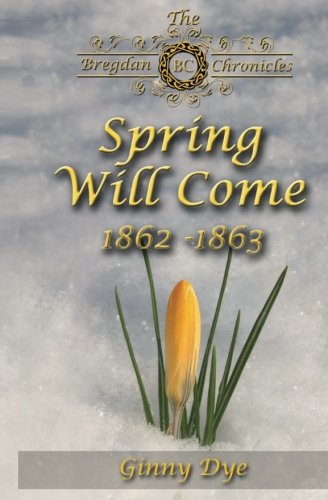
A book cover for Spring Will Come (# 3 in the Bregdan Chronicles Historical Fiction Romance Series) (Volume 3); Ginny Dye; Literature & Fiction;